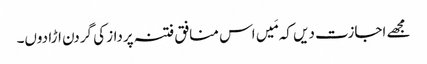
مجھے اجازت دیں کہ مَیں اس منافق فتنہ پرداز کی گردن اڑا دوں۔